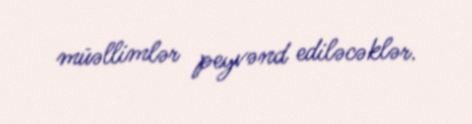
müəllimlər peyvənd ediləcəklər.